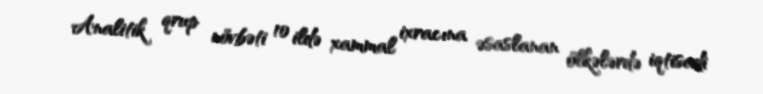
Analitik qrup növbəti 10 ildə xammal ixracına əsaslanan ölkələrdə iqtisadi